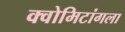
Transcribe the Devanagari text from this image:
क्वोमिटांगला